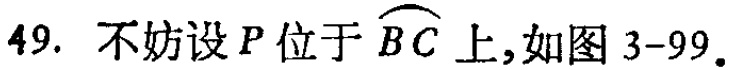
49. 不妨设\(P\)位于\(\overset{\frown}{BC}\)上，如图 3-99。